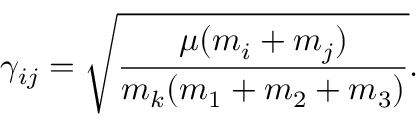
\gamma _ { i j } = \sqrt { \frac { \mu ( m _ { i } + m _ { j } ) } { m _ { k } ( m _ { 1 } + m _ { 2 } + m _ { 3 } ) } } .